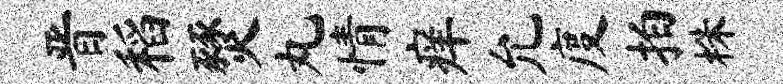
晋稻燹丸情痒允度拍株